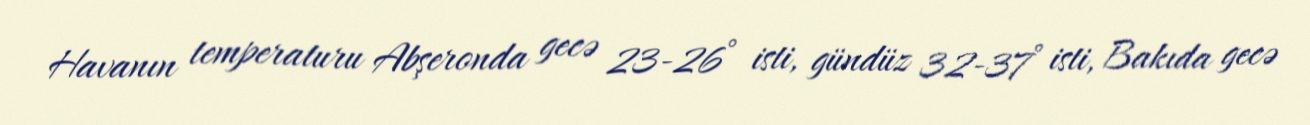
Havanın temperaturu Abşeronda gecə 23-26° isti, gündüz 32-37° isti, Bakıda gecə